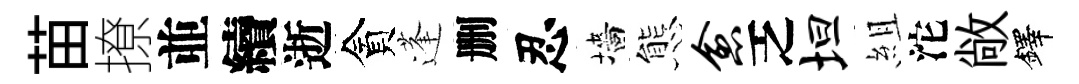
苗撩並續逝貪蓬删忍墻態愈乏坦組沱敞鐸